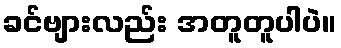
ခင်ဗျားလည်း အတူတူပါပဲ။